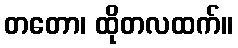
တတော၊ ထိုတလထက်။